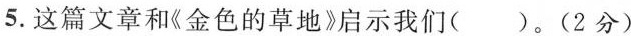
5.这篇文章和《金色的草地》启示我们()。(2分)